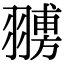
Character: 𦑷